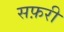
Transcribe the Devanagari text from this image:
सफ़री